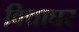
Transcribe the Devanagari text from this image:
विद्याघर